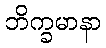
ဘိက္ခမာနာ